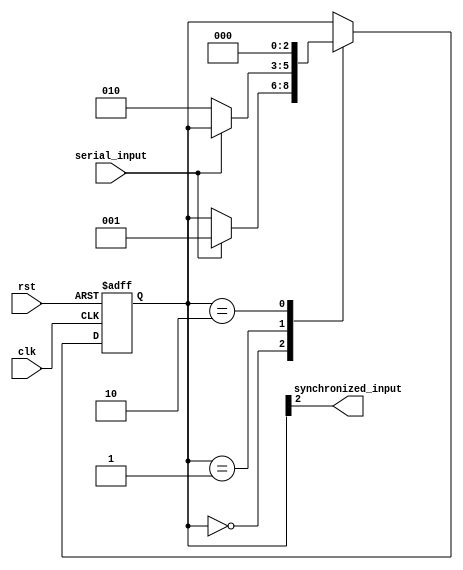
module timing_control (
    input wire clk,
    input wire rst,
    input wire serial_input,
    output wire synchronized_input
);

    reg [2:0] state;

    always @(posedge clk or posedge rst) begin
        if (rst) begin
            state <= 3'b000; // RESET state
        end else begin
            case (state)
                3'b000: begin // Idle state
                    if (serial_input) begin
                        state <= 3'b001; // Start synchronization
                    end
                end
                3'b001: begin // Synchronization state
                    if (!serial_input) begin
                        state <= 3'b010; // Synchronized
                    end
                end
                3'b010: begin // Output state
                    state <= 3'b000;
                end
            endcase
        end
    end

    assign synchronized_input = state[2];

endmodule